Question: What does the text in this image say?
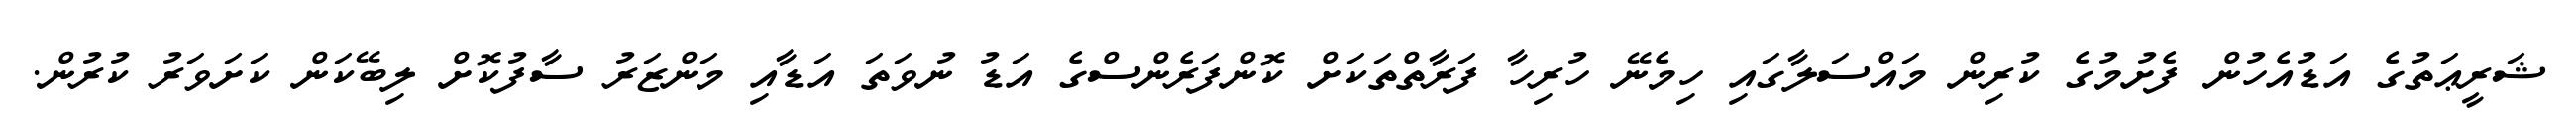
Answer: ޝަރީޢަތުގެ އަޑުއެހުން ފެށުމުގެ ކުރިން މައްސަލާގައި ހިމެނޭ ހުރިހާ ފަރާތްތަކަށް ކޮންފަރެންސްގެ އަޑު ނުވަތަ އަޑާއި މަންޒަރު ސާފުކޮށް ލިބޭކަން ކަށަވަރު ކުރުން.